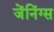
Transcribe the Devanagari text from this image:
जेंनिंग्स